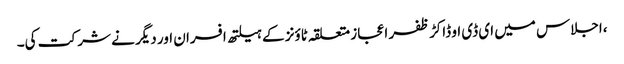
،اجلاس میں ای ڈی او ڈاکڑ ظفر اعجاز متعلقہ ٹاؤنز کے ہیلتھ افسران اور دیگر نے شر کت کی۔